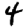
Digit: 4